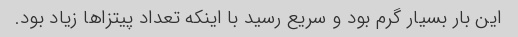
این بار بسیار گرم بود و سریع رسید با اینکه تعداد پیتزاها زیاد بود.